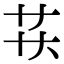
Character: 𬻋